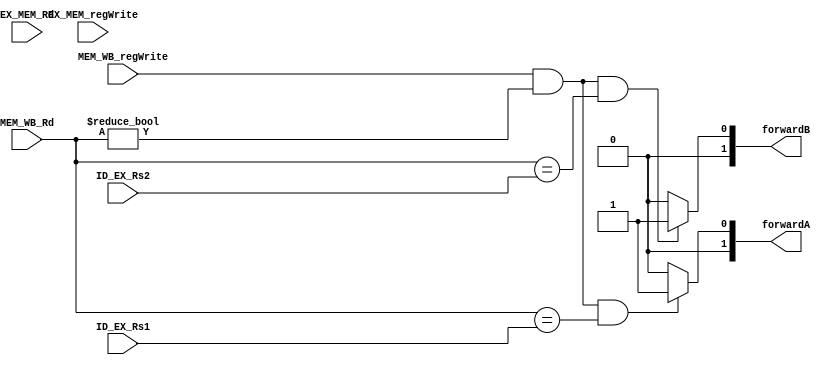
`timescale 1ns / 1ps
//////////////////////////////////////////////////////////////////////////////////
// Company: 
// Engineer: 
// 
// Design Name: 
// Module Name: Forward_Unit
// Project Name: 
// Target Devices: 
// Tool Versions: 
// Description: 
// 
// Dependencies: 
// 
// Revision:
// Revision 0.01 - File Created
// Additional Comments:
// 
//////////////////////////////////////////////////////////////////////////////////


module Forward_Unit(
input [4:0] ID_EX_Rs1, ID_EX_Rs2, MEM_WB_Rd,EX_MEM_Rd,
input MEM_WB_regWrite, EX_MEM_regWrite, 
output reg [1:0] forwardA, forwardB);

always @(*)begin 

forwardA = 2'b0;
    if ( MEM_WB_regWrite && (MEM_WB_Rd != 0) && (MEM_WB_Rd == ID_EX_Rs1))
        forwardA = 2'b01;
    //else if ( MEM_WB_regWrite && (MEM_WB_Rd != 0) && (MEM_WB_Rd == ID_EX_Rs1) )
    //  && !( EX_MEM_regWrite && (EX_MEM_Rd != 0) &&(EX_MEM_Rd == ID_EX_Rs1)) )
     // forwardA = 2'b01;
    //else 
    //forwardA = 2'b0;
        
forwardB = 2'b0;       
    if ( MEM_WB_regWrite && (MEM_WB_Rd != 0) && (MEM_WB_Rd == ID_EX_Rs2))
        forwardB = 2'b01;
    
 //   else if ( MEM_WB_regWrite && (MEM_WB_Rd != 0) && (MEM_WB_Rd == ID_EX_Rs2))
//        && !( EX_MEM_regWrite && (EX_MEM_Rd != 0) &&(EX_MEM_Rd == ID_EX_Rs2)) )
 //        forwardB = 2'b01;
     //else 
     //   forwardB = 2'b0;
end
endmodule